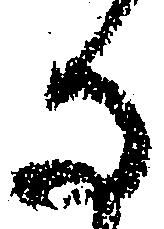
ひ